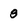
Character: 8